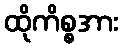
ထိုကိစ္စအား